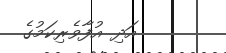
އަދި އުފާވެރިކަމުގެ